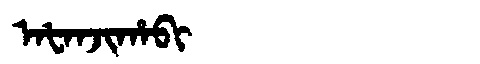
Manchu: ᠠᡶᠠᠨᠵᡳᡥᠠᠪᡳ
Romanization: AFANJIHABI